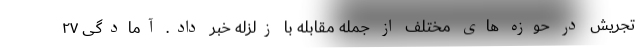
تجریش در حوزه های مختلف از جمله مقابله با زلزله خبر داد. آمادگی ۲۷